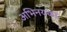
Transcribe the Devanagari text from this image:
अभिनयका